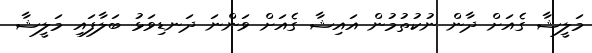
މަލީޝާ ގެއަށް ދާން ނުކުތުމުން އައިޝާ ގެއަށް ވަންނަ ދަނޑިވަޅު ބަލާފައި މަލީޝާ